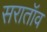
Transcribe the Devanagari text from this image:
सरातॉव